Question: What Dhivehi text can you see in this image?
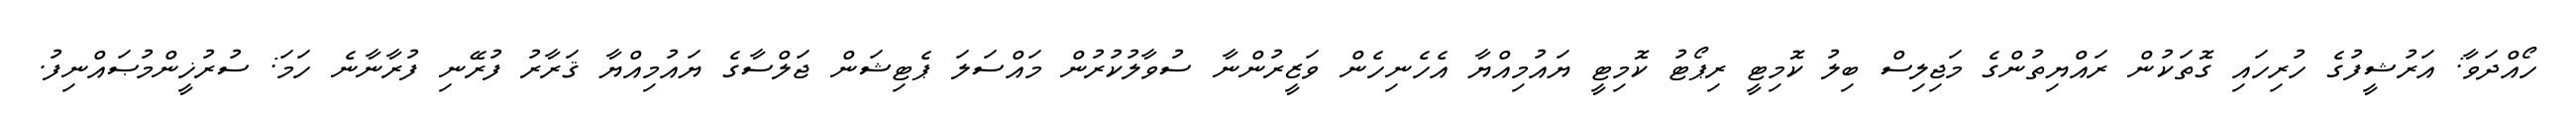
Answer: ހޯއްދަވާ: އަރުޝީފުގެ ހުރިހައި ގޮތަކުން ރައްޔިތުންގެ މަޖިލިސް ބިލު ކޮމިޓީ ރިޕޯޓު ކޮމިޓީ ޔައުމިއްޔާ އެހެނިހެން ވަޒީރުންނާ ސުވާލުކުރުން މައްސަލަ ޕެޓިޝަން ޖަލްސާގެ ޔައުމިއްޔާ ޤަރާރު ފުރޭނި ފުރާނާނެ ހަމަ: ސުރުޚީންމުޞައްނިފު.